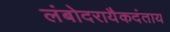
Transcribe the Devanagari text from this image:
लंबोदरायैकदंताय